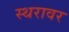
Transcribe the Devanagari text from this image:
स्थरावर